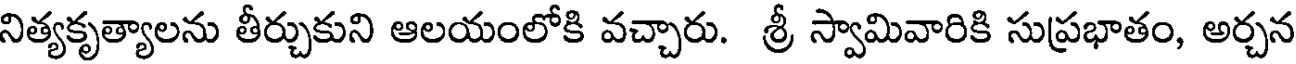
నిత్యకృత్యాలను తీర్చుకుని ఆలయంలోకి వచ్చారు. శ్రీ స్వామివారికి సుప్రభాతం, అర్చన